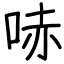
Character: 哧